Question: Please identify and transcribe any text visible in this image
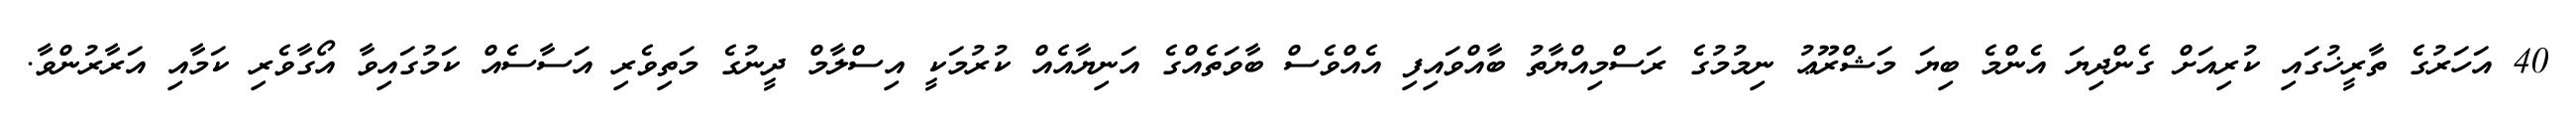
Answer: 40 އަހަރުގެ ތާރީޚުގައި ކުރިއަށް ގެންދިޔަ އެންމެ ބިޔަ މަޝްރޫޢު ނިމުމުގެ ރަސްމިއްޔާތު ބާއްވައިފި އެއްވެސް ބާވަތެއްގެ އަނިޔާއެއް ކުރުމަކީ އިސްލާމް ދީނުގެ މަތިވެރި އަސާސެއް ކަމުގައިވާ އޯގާވެރި ކަމާއި އަރާރުންވާ.